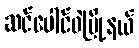
ဆင်ပေါင်ဝဲမြို့နယ်